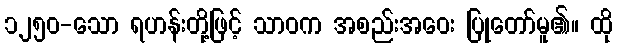
၁၂၅၀-သော ရဟန်းတို့ဖြင့် သာဝက အစည်းအဝေး ပြုတော်မူ၏။ ထို